Statistical return of the lunatic asylum in Assam - 1912-1932
Year: 1912
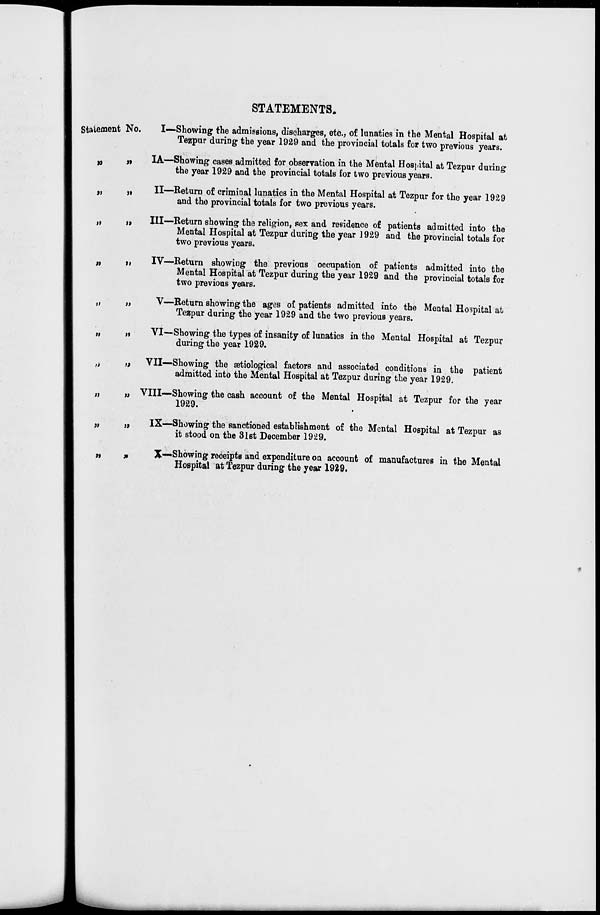
STATEMENTS.
Statement No.
>»
"
n
i>
n
)>
l»
it
it
»
!>
I—Showing the admissions, discharges, etc., of lunatics in the Mental Hospital at
Tezpur during the year 1929 and the provincial totals for two previous years.
IA—Showing cases admitted for observation in the Mental Hospital at Tezpur during
the year 1929 and the provincial totals for two previous years.
II—Return of criminal lunatics in the Mental Hospital at Tezpur for the year 1929
and the provincial totals for two previous years.
Ill—Return showing the religion, sex and residence of patients admitted into the
Mental Hospital at Tezpur during the year 1929 and the provincial totals for
two previous years.
IV—Return showing the previous occupation of patients admitted into the
Mental Hospital at Tezpur during the year 1929 and the provincial totals for
two previous years.
V—Return showing the ages of patients admitted into the Mental Hospital at
Tezpur during the year 1929 and the two previous years.
VI—Showing the types of insanity of lunatics in the Mental Hospital at Tezpur
during the year 1929.
VII—Showing the aBtiological factors and associated conditions in the patient
admitted into the Mental Hospital at Tezpur during the year 1929.
«
„ VIII—Showing the cash account of the Mental Hospital at Tezpur for the year
1929.
w
n
„
IX—Showing the sanctioned establishment of the Mental Hospital at Tezpur as
it stood on the 31st December 1929.
„
X—Showing receipts and expenditure on account of manufactures in the Mental
Hospital at Tezpur during the year 1929.